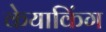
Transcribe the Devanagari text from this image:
केयाकिंग